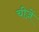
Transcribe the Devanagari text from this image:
चीजे़ें